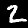
Digit: 2